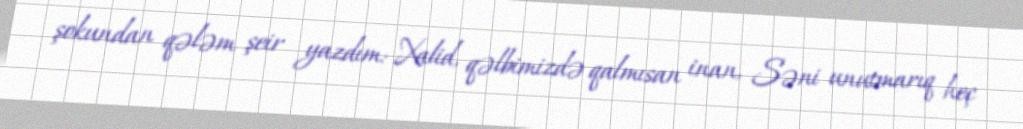
şokundan qələm şeir yazdım: Xalid, qəlbimizdə qalmısan inan, Səni unutmarıq heç